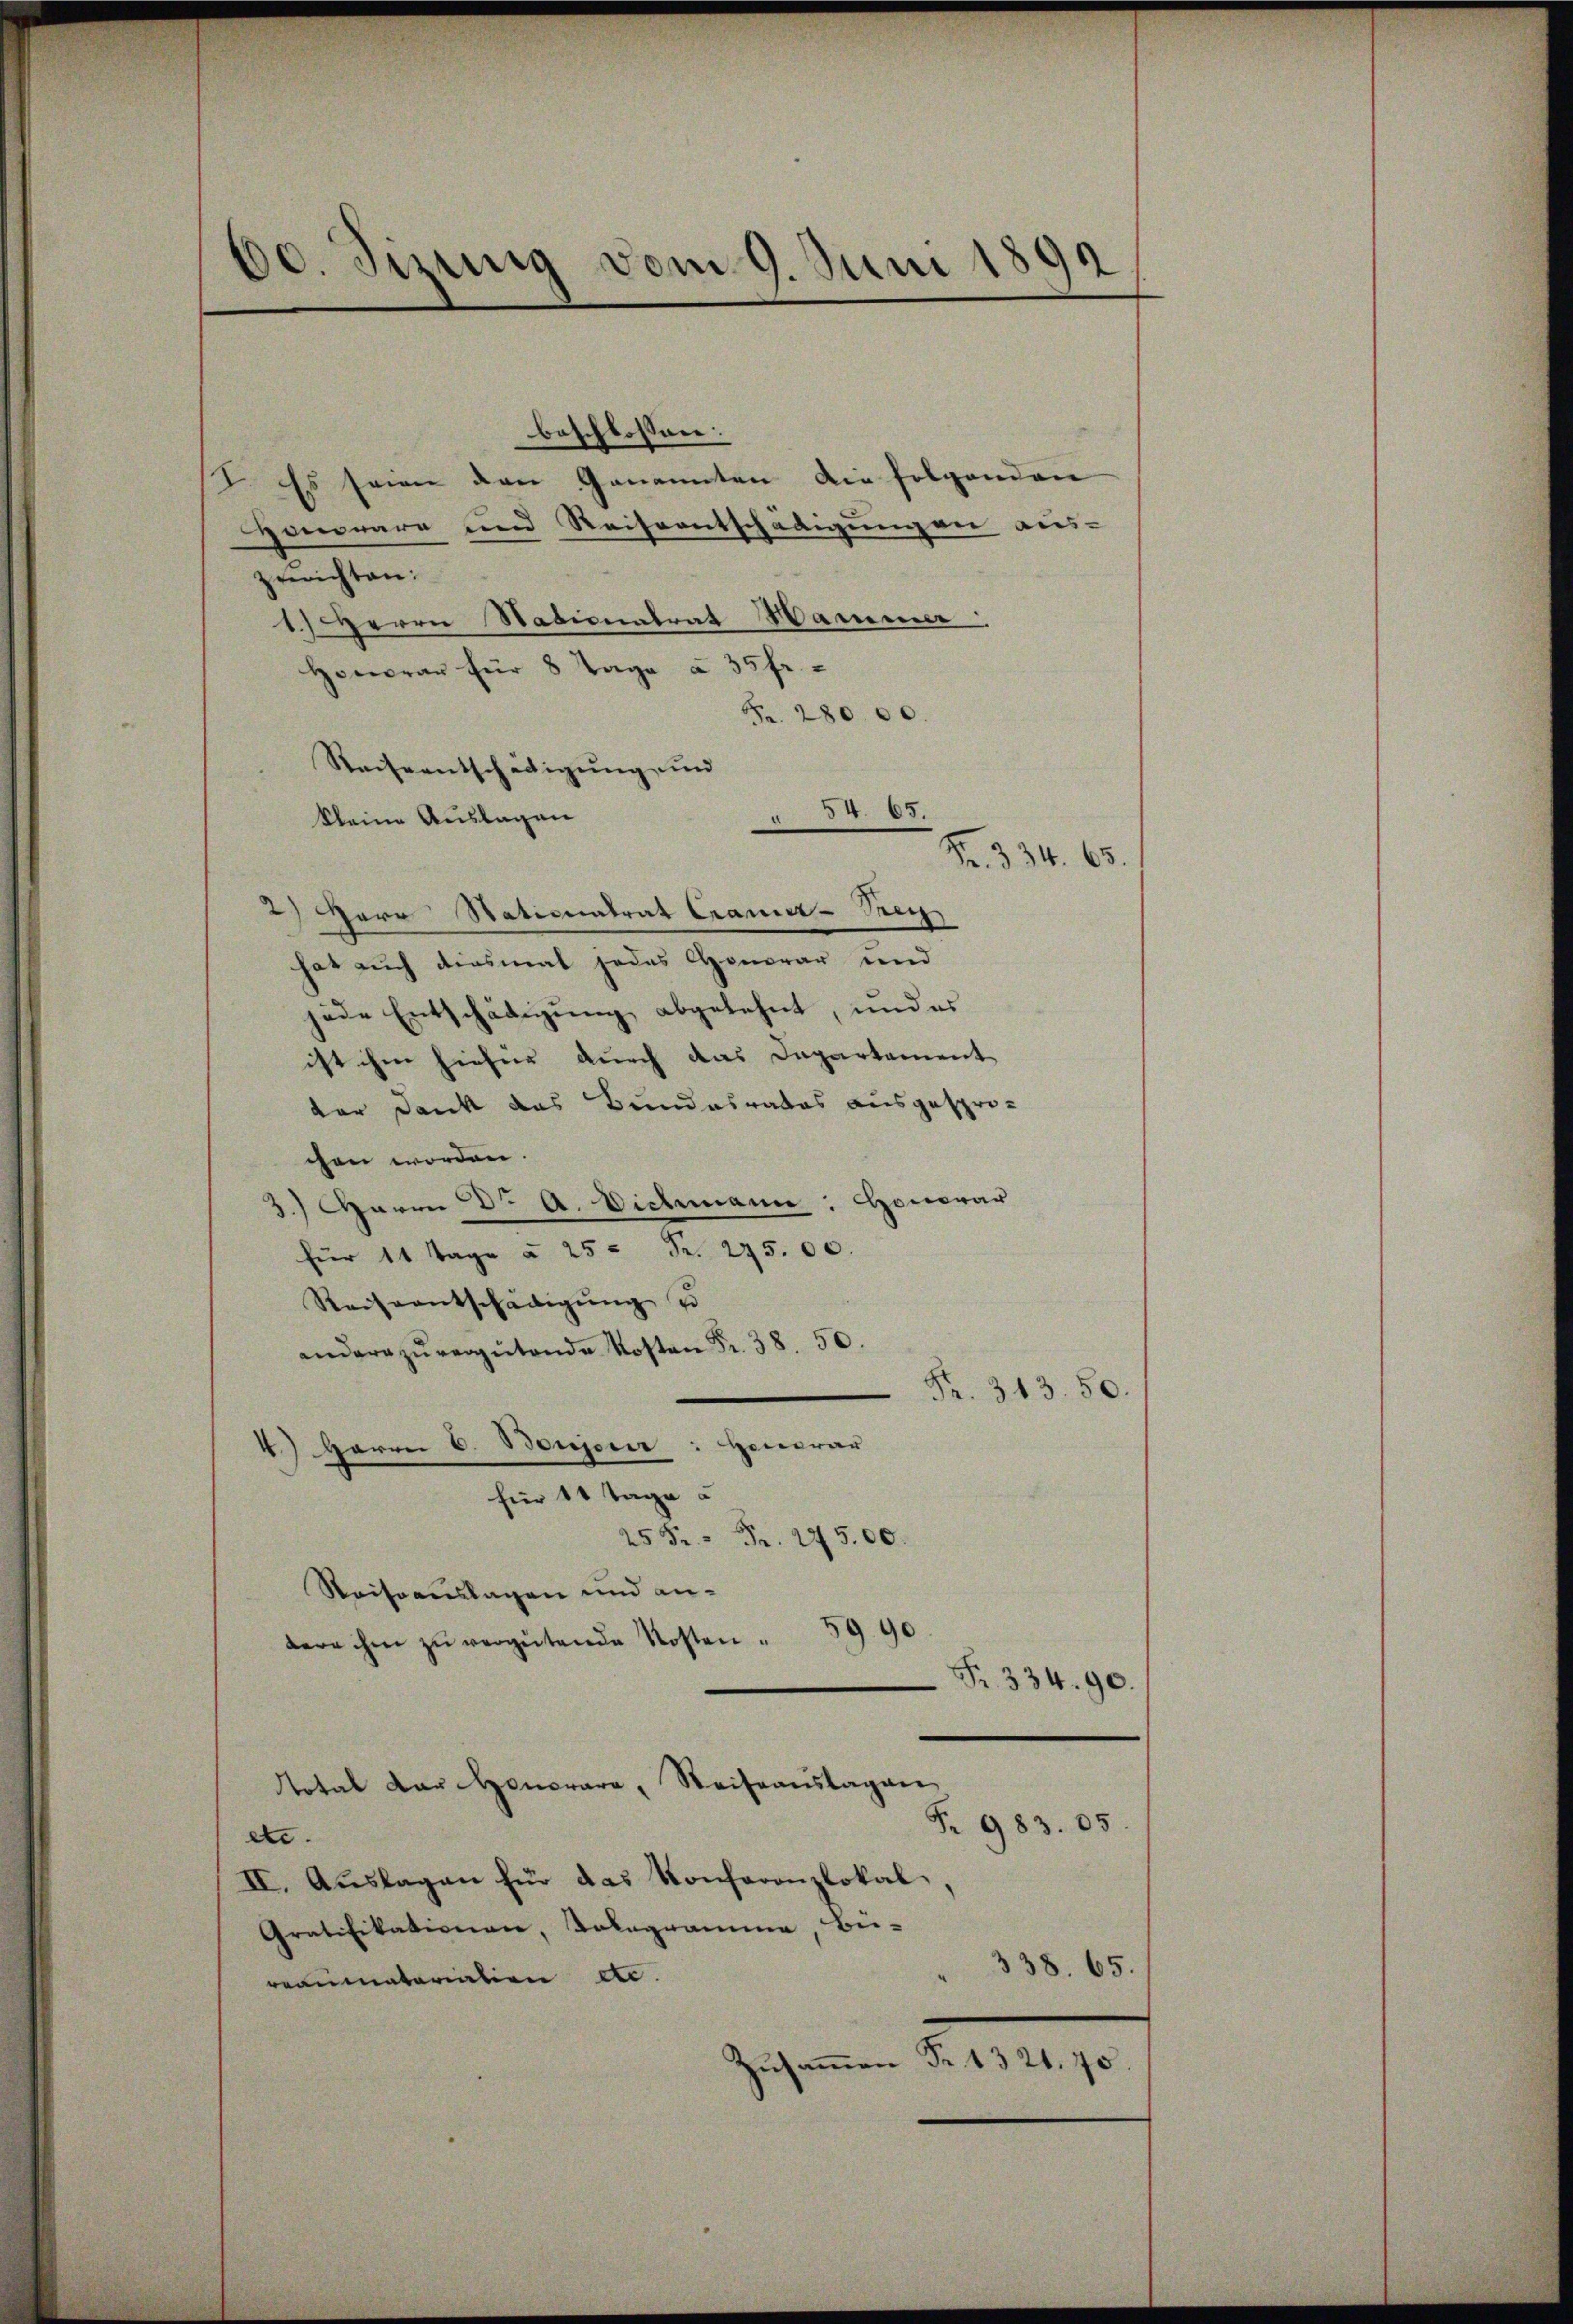
30. Sinnig vom 9. Juni 1892

beschlossen:
I. Es seien den Genannten die folgenden
Jonorare und Reiseentschädigungen aus-
gerichten:
1.) Herrn Nationalrat Hammer
Honorar für 8 Tage à 35 fr.
Fr. 28000.
Reiseentschädigung und
84. 65.
kleine Auslagen
Fr. 334. 65.
2) Herr Stationalrat Cramer-Mey
hat auch diesmal jedes Honorar und
jede Entschädigung abgelehnt, und es
ist ihm hiefür durch das Departement
der Dank das Bundesrates ausgespro-
chen worden.
3.) Herrn Dr A. Viehmann: Honorar
für 14 Tage à 25 " Fr. 275.00
Reiseentschädigung e
andere zŭ vergütende Kosten Fr. 38. 50.
Fr. 313. 50.
4.) Herrn C. Boujeur: Heuerar
für 14 Tage u
25 Fr. Fr. 27500.
Reiseauslagen und andern ihm zŭ vergütende Kosten . 59 90
Fr. 334. 90.
total der Honorare, Steiseauslagen
Fr. 983. 05.
etc.
II. Auslagen für das Konferenzlokal,
Gratifikationen, Kologramme, bei-
338. 65.
reaumatorialien etc.
Zusammen Fr. 1321. 70.